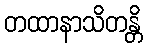
တထာနာသိတန္တိ